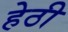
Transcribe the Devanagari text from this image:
हेठी